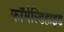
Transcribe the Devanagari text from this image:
फॉर्मल्डिहाइड